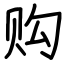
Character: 购